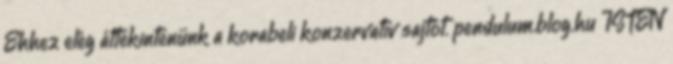
Ehhez elég áttekintenünk a korabeli konzervatív sajtót. pendulum.blog.hu ISTEN